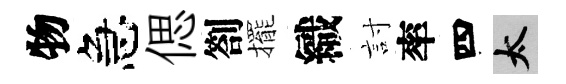
物急偲劄擺織討率四太